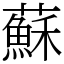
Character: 蘇